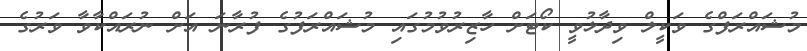
މުޝައްރަފްގެ ވަކީލް ވިދާޅުވީ ކޯޓަށް ހާޒިރުވުމުގައި މުޝައްރަފުގެ ފުރާނަ އަށް ނުރައްކާވާ ވަރުގެ